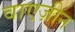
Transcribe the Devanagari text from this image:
वाएज़ीन